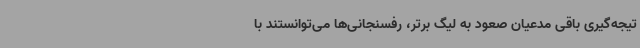
تیجه‌گیری باقی مدعیان صعود به لیگ برتر، رفسنجانی‌ها می‌توانستند با